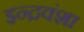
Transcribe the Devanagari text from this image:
इन्द्रवंशा